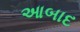
આબાદ